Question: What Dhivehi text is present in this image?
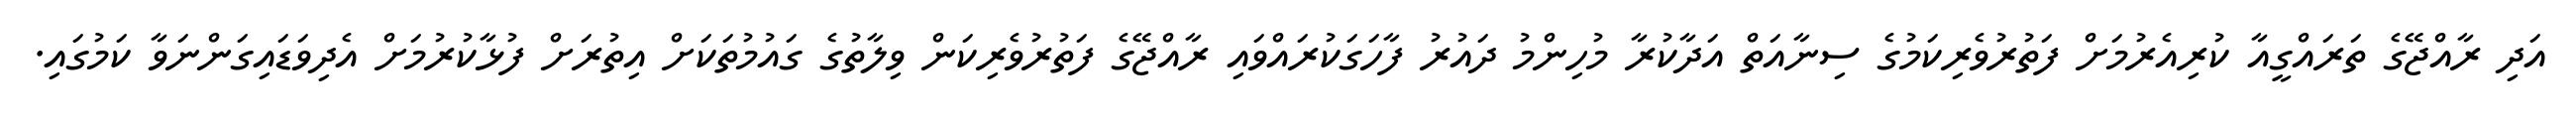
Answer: އަދި ރާއްޖޭގެ ތަރައްގީއާ ކުރިއެރުމަށް ފަތުރުވެރިކަމުގެ ސިނާއަތް އަދާކުރާ މުހިންމު ދައުރު ފާހަގަކުރައްވައި ރާއްޖޭގެ ފަތުރުވެރިކަން ވިލާތުގެ ގައުމުތަކަށް އިތުރަށް ފުޅާކުރުމަށް އެދިވަޑައިގަންނަވާ ކަމުގައި.